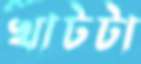
খাটটা